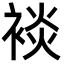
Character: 裧